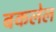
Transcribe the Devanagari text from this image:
बकलेल